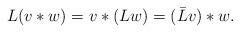
LaTeX: \begin{align*}L(v\ast w) = v\ast(Lw) = (\bar L v)\ast w.\end{align*}